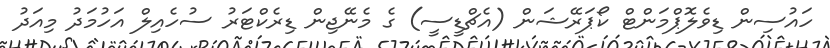
ހައުސިން ޑިވެލޮޕްމަންޓް ކޯޕަރޭޝަން (އެޗްޑީސީ) ގެ މެނޭޖިން ޑިރެކްޓަރު ސުހެއިލް އަހުމަދު މިއަދު